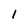
Character: 1